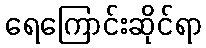
ရေကြောင်းဆိုင်ရာ